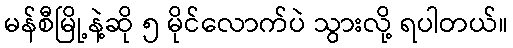
မန်စီမြို့နဲ့ဆို ၅ မိုင်လောက်ပဲ သွားလို့ ရပါတယ်။